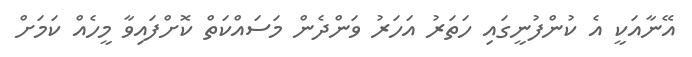
އޭނާއަކީ އެ ކުންފުނީގައި ހަތަރު އަހަރު ވަންދެން މަސައްކަތް ކޮށްފައިވާ މީހެއް ކަމަށް